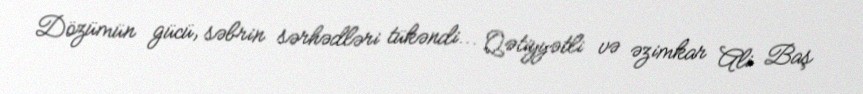
Dözümün gücü, səbrin sərhədləri tükəndi... Qətiyyətli və əzimkar Ali Baş